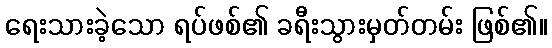
ရေးသားခဲ့သော ရပ်ဖစ်၏ ခရီးသွားမှတ်တမ်း ဖြစ်၏။